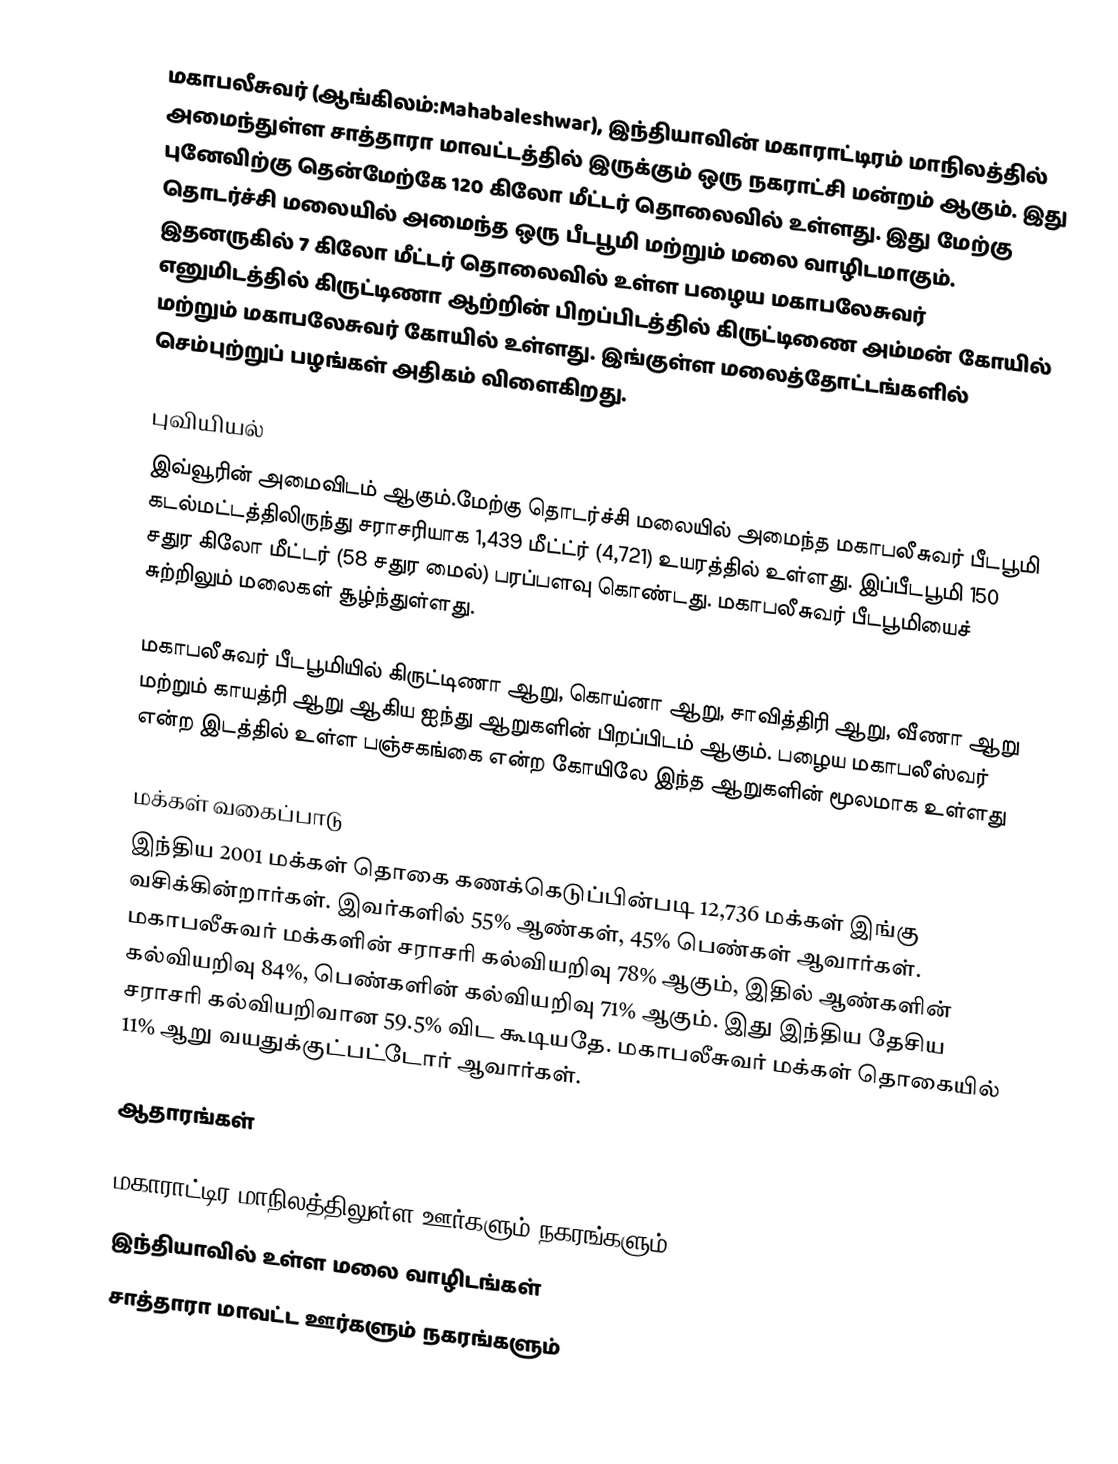
மகாபலீசுவர் (ஆங்கிலம்:Mahabaleshwar), இந்தியாவின் மகாராட்டிரம் மாநிலத்தில் அமைந்துள்ள சாத்தாரா மாவட்டத்தில் இருக்கும் ஒரு நகராட்சி மன்றம் ஆகும். இது புனேவிற்கு தென்மேற்கே 120 கிலோ மீட்டர் தொலைவில் உள்ளது.  இது மேற்கு தொடர்ச்சி மலையில் அமைந்த ஒரு பீடபூமி மற்றும் மலை வாழிடமாகும். இதனருகில் 7 கிலோ மீட்டர் தொலைவில் உள்ள பழைய மகாபலேசுவர் எனுமிடத்தில்  கிருட்டிணா ஆற்றின் பிறப்பிடத்தில் கிருட்டிணை அம்மன் கோயில் மற்றும் மகாபலேசுவர் கோயில் உள்ளது. இங்குள்ள மலைத்தோட்டங்களில்  செம்புற்றுப் பழங்கள் அதிகம் விளைகிறது.

புவியியல்
இவ்வூரின் அமைவிடம்  ஆகும்.மேற்கு தொடர்ச்சி மலையில் அமைந்த மகாபலீசுவர் பீடபூமி கடல்மட்டத்திலிருந்து  சராசரியாக 1,439 மீட்ட்ர் (4,721) உயரத்தில் உள்ளது. இப்பீடபூமி  150 சதுர கிலோ மீட்டர்  (58 சதுர மைல்) பரப்பளவு கொண்டது. மகாபலீசுவர் பீடபூமியைச் சுற்றிலும் மலைகள் சூழ்ந்துள்ளது.

மகாபலீசுவர் பீடபூமியில் கிருட்டிணா ஆறு, கொய்னா ஆறு, சாவித்திரி ஆறு, வீணா ஆறு மற்றும் காயத்ரி ஆறு ஆகிய ஐந்து ஆறுகளின் பிறப்பிடம் ஆகும். பழைய மகாபலீஸ்வர் என்ற இடத்தில் உள்ள பஞ்சகங்கை என்ற கோயிலே இந்த ஆறுகளின் மூலமாக உள்ளது

மக்கள் வகைப்பாடு
இந்திய 2001 மக்கள் தொகை கணக்கெடுப்பின்படி 12,736 மக்கள் இங்கு வசிக்கின்றார்கள். இவர்களில் 55% ஆண்கள், 45% பெண்கள் ஆவார்கள். மகாபலீசுவர் மக்களின் சராசரி கல்வியறிவு 78% ஆகும்,  இதில் ஆண்களின் கல்வியறிவு 84%,  பெண்களின் கல்வியறிவு 71% ஆகும். இது இந்திய தேசிய சராசரி கல்வியறிவான 59.5% விட கூடியதே. மகாபலீசுவர் மக்கள் தொகையில் 11%  ஆறு வயதுக்குட்பட்டோர் ஆவார்கள்.

ஆதாரங்கள்

மகாராட்டிர மாநிலத்திலுள்ள ஊர்களும் நகரங்களும்
இந்தியாவில் உள்ள மலை வாழிடங்கள்
சாத்தாரா மாவட்ட ஊர்களும் நகரங்களும்